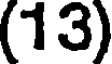
(13)